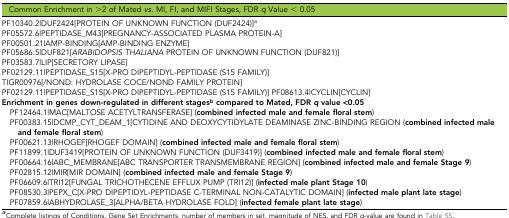
| Common Enrichment in >2 of Mated vs. MI, FI, and MIFI Stages, FDR q Value < 0.05 |
 | --- |
 | PF10340.2|DUF2424[PROTEIN OF UNKNOWN FUNCTION (DUF2424)]a |
 | PF05572.6|PEPTIDASE_M43[PREGNANCY-ASSOCIATED PLASMA PROTEIN-A] |
 | PF00501.21|AMP-BINDING[AMP-BINDING ENZYME] |
 | PF05686.5|DUF821[ARABIDOPSIS THALIANA PROTEIN OF UNKNOWN FUNCTION (DUF821)] |
 | PF03583.7|LIP[SECRETORY LIPASE] |
 | PF02129.11|PEPTIDASE_S15[X-PRO DIPEPTIDYL-PEPTIDASE (S15 FAMILY)] |
 | TIGR00976[/NOND: HYDROLASE COCE/NOND FAMILY PROTEIN] |
 | PF02129.11|PEPTIDASE_S15[X-PRO DIPEPTIDYL-PEPTIDASE (S15 FAMILY)] PF08613.4|CYCLIN[CYCLIN] |
 | Enrichment in genes down-regulated in different stagesb compared to Mated, FDR q value <0.05 |
 | PF12464.1|MAC[MALTOSE ACETYLTRANSFERASE] (combined infected male and female floral stem) |
 | PF00383.15|DCMP_CYT_DEAM_1[CYTIDINE AND DEOXYCYTIDYLATE DEAMINASE ZINC-BINDING REGION (combined infected male and female floral stem) |
 | PF00621.13|RHOGEF[RHOGEF DOMAIN] (combined infected male and female floral stem) |
 | PF11899.1|DUF3419[PROTEIN OF UNKNOWN FUNCTION (DUF3419)] (combined infected male and female floral stem) |
 | PF00664.16|ABC_MEMBRANE[ABC TRANSPORTER TRANSMEMBRANE REGION] (combined infected male and female Stage 9) |
 | PF02815.12|MIR[MIR DOMAIN] (combined infected male and female Stage 9) |
 | PF06609.6|TRI12[FUNGAL TRICHOTHECENE EFFLUX PUMP (TRI12)] (infected male plant Stage 10) |
 | PF08530.3|PEPX_C[X-PRO DIPEPTIDYL-PEPTIDASE C-TERMINAL NON-CATALYTIC DOMAIN] (infected male plant late stage) |
 | PF07859.6|ABHYDROLASE_3[ALPHA/BETA HYDROLASE FOLD] (infected female plant late stage) |